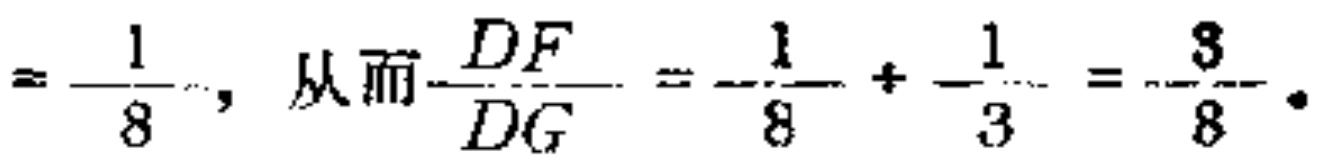
$=\frac{1}{8}，从而\frac{DF}{DG}=\frac{1}{8}+\frac{1}{3}=\frac{3}{8}.$